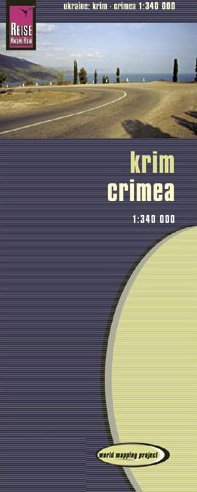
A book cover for Crimea 1:340,000 & Ukraine South Travel Map, waterproof, GPS-compatible REISE; Reise Knowhow; Travel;